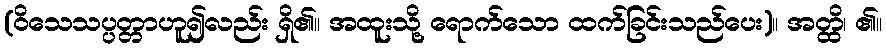
(ဝိသေသပ္ပတ္တာဟူ၍လည်း ရှိ၏။ အထူးသို့ ရောက်သော ထက်ခြင်းသည်ပေး)။ အတ္ထိ၊ ၏။